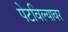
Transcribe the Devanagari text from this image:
पेटविल्यावर